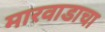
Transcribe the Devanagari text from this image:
मारवाडाचा